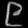
Digit: ၉